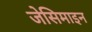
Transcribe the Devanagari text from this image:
जेसिमाइन